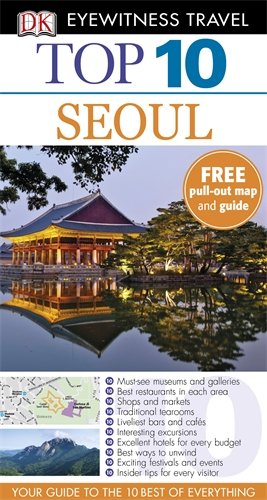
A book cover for DK Eyewitness Top 10 Travel Guide: Seoul; Travel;